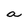
Character: a